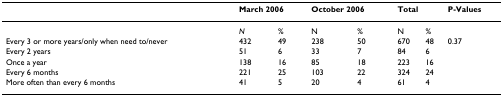
|  | <COLSPAN=2> March 2006 | <COLSPAN=2> October 2006 | <COLSPAN=2> Total | P-Values |
 | --- | --- | --- | --- | --- | --- | --- | --- |
 |  | N | % | N | % | N | % |  |
 | Every 3 or more years/only when need to/never | 432 | 49 | 238 | 50 | 670 | 48 | 0.37 |
 | Every 2 years | 51 | 6 | 33 | 7 | 84 | 6 |  |
 | Once a year | 138 | 16 | 85 | 18 | 223 | 16 |  |
 | Every 6 months | 221 | 25 | 103 | 22 | 324 | 24 |  |
 | More often than every 6 months | 41 | 5 | 20 | 4 | 61 | 4 |  |